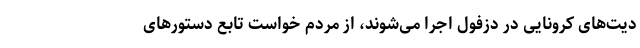
دیت‌های کرونایی در دزفول اجرا می‌شوند، از مردم خواست تابع دستورهای